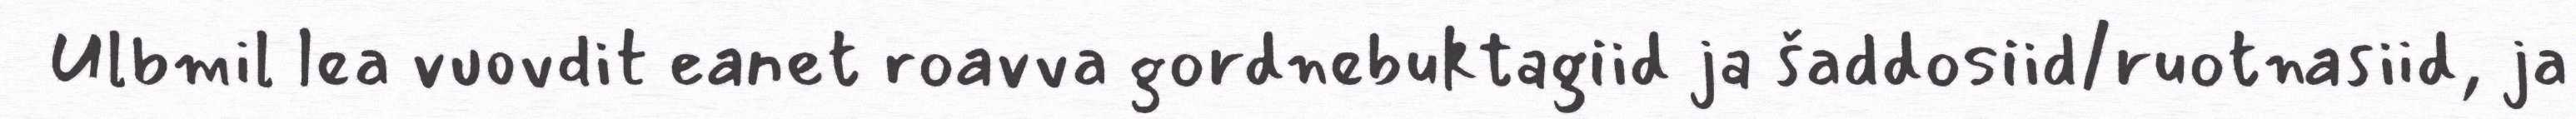
Ulbmil lea vuovdit eanet roavva gordnebuktagiid ja šaddosiid/ruotnasiid, ja